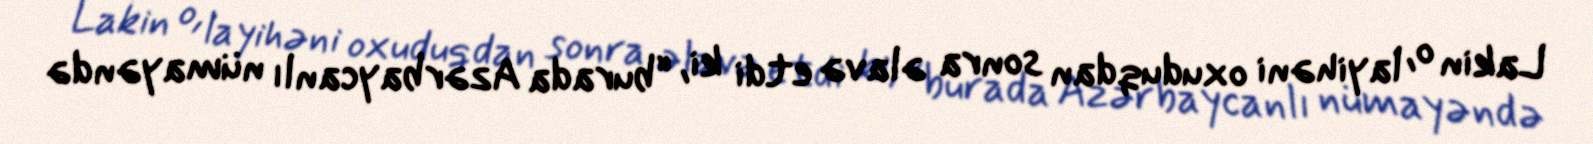
Lakin o, layihəni oxuduqdan sonra əlavə etdi ki, “burada Azərbaycanlı nümayəndə